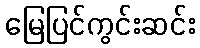
မြေပြင်ကွင်းဆင်း